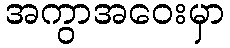
အကွာအဝေးမှာ